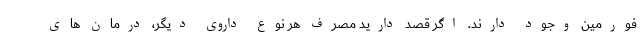
فورمین وجود دارند. اگر قصد دارید مصرف هر نوع داروی دیگر، درمان های